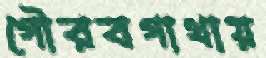
গৌরবগাথায়